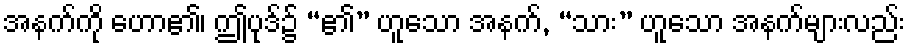
အနက်ကို ဟော၏၊ ဤပုဒ်၌ “၏” ဟူသော အနက်, “သား” ဟူသော အနက်များလည်း